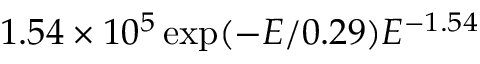
1 . 5 4 \times 1 0 ^ { 5 } \exp ( - E / 0 . 2 9 ) E ^ { - 1 . 5 4 }